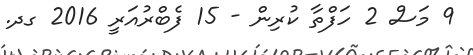
9 މަސް 2 ހަފްތާ ކުރިން - 15 ފެބްރުއަރީ 2016 ގދ.